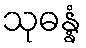
သုဓန္နံ